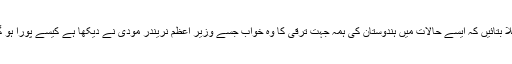
بھلا بتائیں کہ ایسے حالات میں ہندوستان کی ہمہ جہت ترقی کا وہ خواب جسے وزیر اعظم نریندر مودی نے دیکھا ہے کیسے پورا ہو گا۔